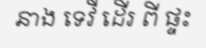
នាង ទេវី ដើរ ពី ផ្ទះ